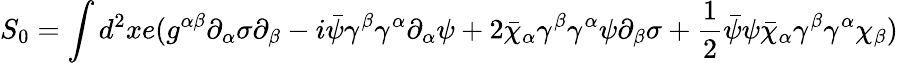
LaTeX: S_{0}=\int d^{2}xe(g^{\alpha\beta}\partial_{\alpha}\sigma\partial_{\beta}-i\bar{\psi}\gamma^{\beta}\gamma^{\alpha}\partial_{\alpha}\psi+2\bar{\chi}_{\alpha}\gamma^{\beta}\gamma^{\alpha}\psi\partial_{\beta}\sigma+\frac{1}{2}\bar{\psi}\psi\bar{\chi}_{\alpha}\gamma^{\beta}\gamma^{\alpha}\chi_{\beta})